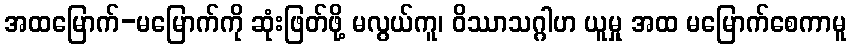
အထမြောက်-မမြောက်ကို ဆုံးဖြတ်ဖို့ မလွယ်ကူ၊ ဝိဿာသဂ္ဂါဟ ယူမှု အထ မမြောက်စေကာမူ